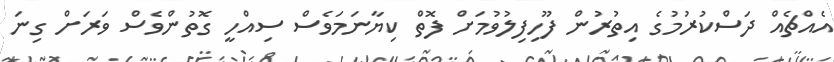
އެއްޗެއް ދަސްކުރުމުގެ އިތުރުން ފޫހިފިލުވުމަށް ފޮތް ކިޔާނަމަވެސް ސިއްހީ ގޮތުންވެސް ވަރަށްް ގިނަ